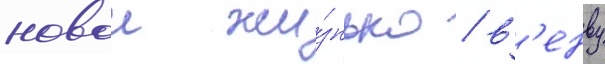
новои жи́знью / в'енву